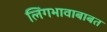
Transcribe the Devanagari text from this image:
लिंगभावाबाबत